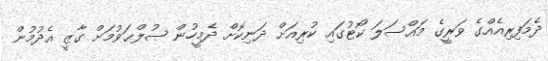
ދެމަފިރިއެއްގެ ވަރީގެ މައްސަލަ ކޯޓުގައި ކުރިއަށް ދަނިކޮށް ދެމީހުން ޞުލްޙަވުމަށް ގާޒީ އެދުމުން